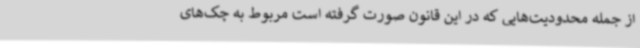
از جمله محدودیت‌هایی که در این قانون صورت گرفته است مربوط به چک‌های